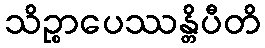
သိဉ္စာပေဿန္တိပီတိ